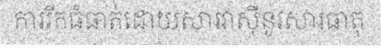
ការរីកធំធាត់ដោយសារវាស៊ីនូវសារធាតុ